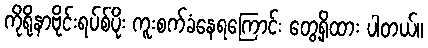
ကိုရိုနာဗိုင်းရပ်စ်ပိုး ကူးစက်ခံနေရကြောင်း တွေ့ရှိထား ပါတယ်။